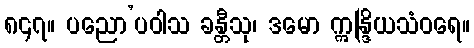
၈၄၇။ ပညော’ပဝါသ ခန္တီသု၊ ဒမော ဣန္ဒြိယသံဝရေ။